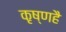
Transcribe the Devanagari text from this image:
कृष्णहै